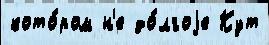
кото́ром н'е до́лгоjе Кут